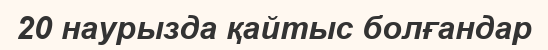
20 наурызда қайтыс болғандар